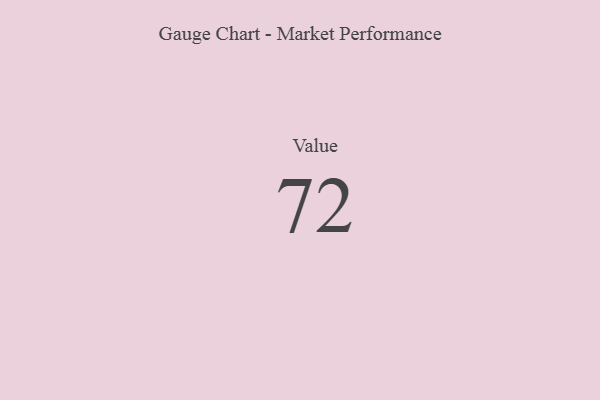
{"axis": {"x": "Metric", "y": "Value"}, "legend": [""], "data": [{"x": "Value", "y": 72, "type": ""}]}